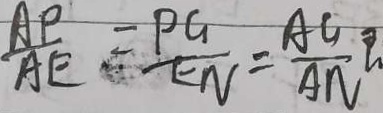
\frac { A P } { A E } = \frac { P G } { E N } = \frac { A G } { A N }